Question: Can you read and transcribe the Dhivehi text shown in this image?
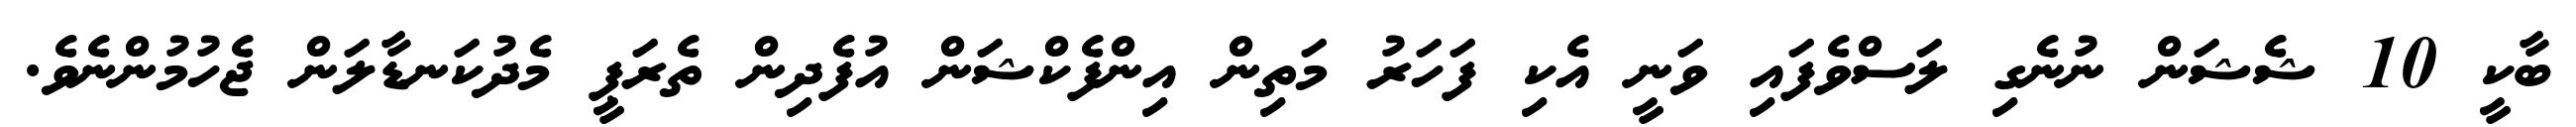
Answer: ބާކީ 10 ޝެޝަން ނުނެގި ލަސްވެފައި ވަނީ އެކި ފަހަރު މަތިން އިންފެކްޝަން އުފެދިން ތެރަޕީ މެދުކަނޑާލަން ޖެހުމުންނެވެ.